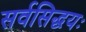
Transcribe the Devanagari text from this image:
सर्वसिद्धयः